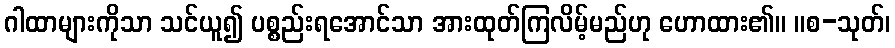
ဂါထာများကိုသာ သင်ယူ၍ ပစ္စည်းရအောင်သာ အားထုတ်ကြလိမ့်မည်ဟု ဟောထား၏။ ။စ-သုတ်၊